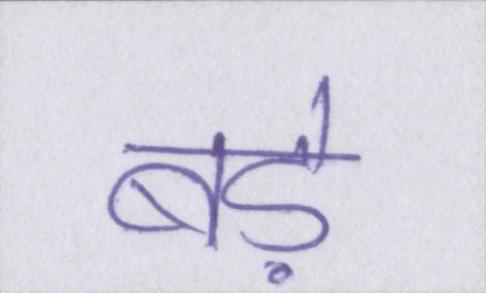
बड़े